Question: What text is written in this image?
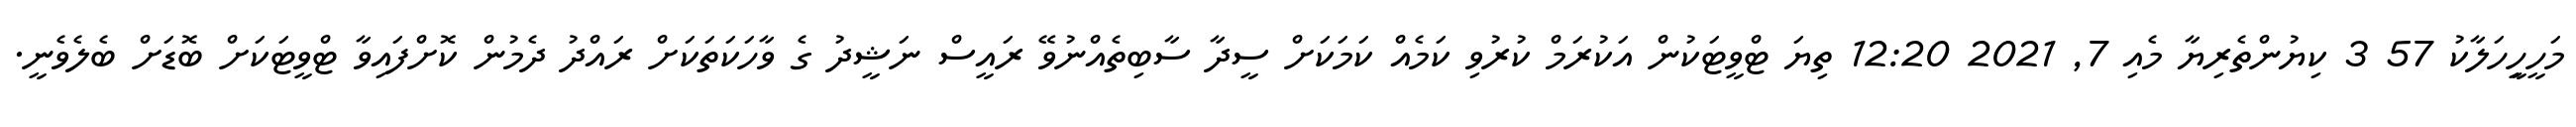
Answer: މަހީހިީހަލާކު 57 3 ކިޔުންތެރިޔާ މެއި 7, 2021 12:20 ތިޔަ ޓްވީޓަކުން އަކުރަމް ކުރުވި ކަމެއް ކަމަކަށް ސީދާ ސާބިތެއްނުވޭ ރައީސް ނަޝީދު ގެ ވާހަކަތަކަށް ރައްދު ދެމުން ކޮށްފައިވާ ޓްވީޓަކަށް ބޮޑަށް ބެލެވެނީ.